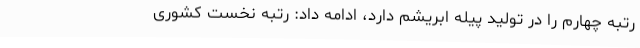
رتبه چهارم را در تولید پیله ابریشم دارد، ادامه داد: رتبه نخست کشوری